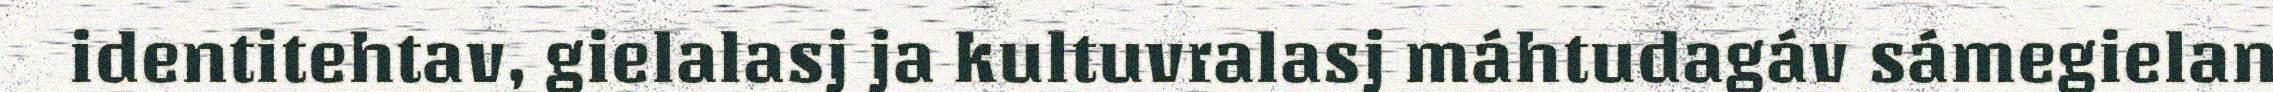
identitehtav, gielalasj ja kultuvralasj máhtudagáv sámegielan